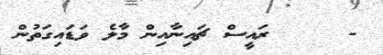
-     ރައީސް ޗައިނާއިން މާލެ ވަޑައިގަތުން